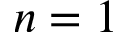
n = 1